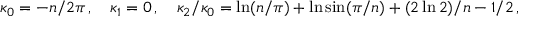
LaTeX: \kappa _ { 0 } = - n / 2 \pi \, , \quad \kappa _ { 1 } = 0 \, , \quad \kappa _ { 2 } / \kappa _ { 0 } = \ln ( n / \pi ) + \ln \sin ( \pi / n ) + ( 2 \ln 2 ) / n - 1 / 2 \, ,